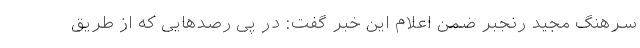
سرهنگ مجید رنجبر ضمن اعلام این خبر گفت: در پی رصدهایی که از طریق